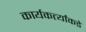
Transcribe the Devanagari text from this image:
कार्यकर्त्यांकडे